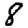
Digit: 8